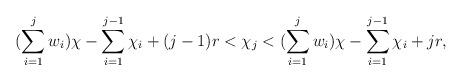
LaTeX: \begin{align*}(\sum\limits_{i =1}^{j} w_i) \chi - \sum\limits_{i=1}^{j-1} \chi_i +(j-1)r < \chi_j < (\sum\limits_{i =1}^{j} w_i) \chi - \sum\limits_{i=1}^{j-1} \chi_i + jr,\end{align*}